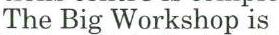
The Big Workshop is